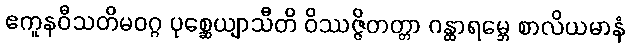
ဧကူနဝီသတိမဝဂ္ဂ ပုစ္ဆေယျာသီတိ ဝိဿဇ္ဇိတတ္တာ ဂန္ထာရမ္ဘေ စာလိယမာနံ